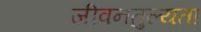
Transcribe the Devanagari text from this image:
जीवनतुल्यता